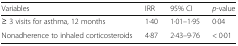
| Variables | IRR | 95% CI | p-value |
 | --- | --- | --- | --- |
 | ≥ 3 visits for asthma, 12 months | 1·40 | 1·01–1·95 | 0·04 |
 | Nonadherence to inhaled corticosteroids | 4·87 | 2·43–9·76 | < 0·01 |